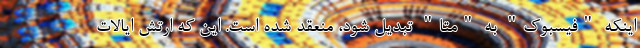
اینکه "فیسبوک" به "متا" تبدیل شود، منعقد شده است. این که ارتش ایالات